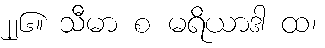
၂၂၆။ သီမာ စ မရိယာဒါ ထ၊